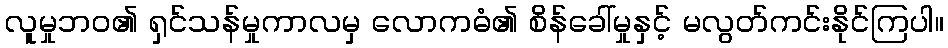
လူမှုဘဝ၏ ရှင်သန်မှုကာလမှ လောကဓံ၏ စိန်ခေါ်မှုနှင့် မလွတ်ကင်းနိုင်ကြပါ။